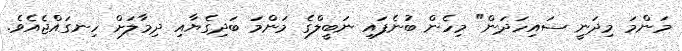
މަންމަ މިދަނީ ސައިހަދަން" މިހެން ބުނެފައި ނަބީލްގެ މަންމަ ބަދިގެޔާއި ދިމާލަށް ހިނގައްޖެއެވެ.